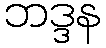
ဘဒ္ဒန